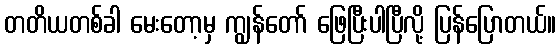
တတိယတစ်ခါ မေးတော့မှ ကျွန်တော် ဖြေပြီးပါပြီလို့ ပြန်ပြောတယ်။